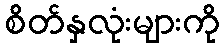
စိတ်နှလုံးများကို